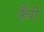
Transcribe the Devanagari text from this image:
रूँगे